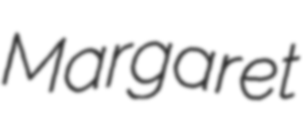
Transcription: Margaret